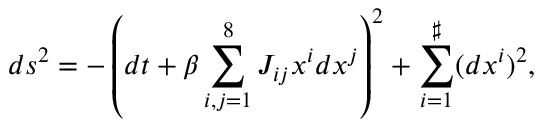
d s ^ { 2 } = - \left( d t + \beta \sum _ { i , j = 1 } ^ { 8 } J _ { i j } x ^ { i } d x ^ { j } \right) ^ { 2 } + \sum _ { i = 1 } ^ { \sharp } ( d x ^ { i } ) ^ { 2 } ,